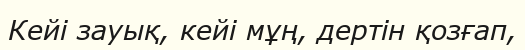
Кейі зауық, кейі мұң, дертін қозғап,